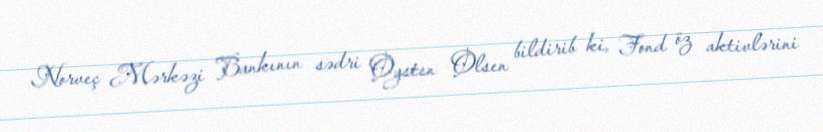
Norveç Mərkəzi Bankının sədri Oysten Olsen bildirib ki, Fond öz aktivlərini